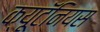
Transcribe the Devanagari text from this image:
क्यूटॅनियस